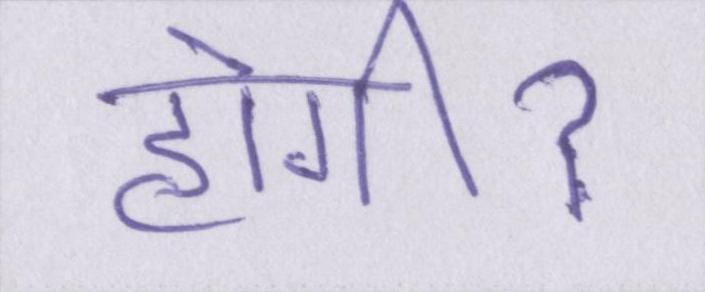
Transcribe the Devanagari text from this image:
होगीॽ